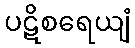
ပဋိစရေယျံ